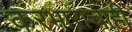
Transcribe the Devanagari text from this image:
करभाराचाही